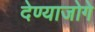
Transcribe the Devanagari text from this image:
देण्याजोगे